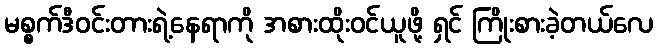
မစ္စက်ဒီဝင်းတားရဲ့နေရာကို အစားထိုးဝင်ယူဖို့ ရှင် ကြိုးစားခဲ့တယ်လေ